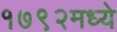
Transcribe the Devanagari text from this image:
१७९२मध्ये